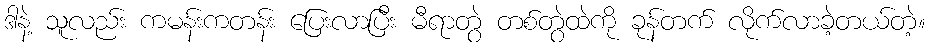
ဒါနဲ့ သူလည်း ကမန်းကတန်း ပြေးလာပြီး မီရာတွဲ တစ်တွဲထဲကို ခုန်တက် လိုက်လာခဲ့တယ်တဲ့။